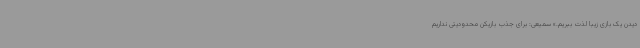
دیدن یک بازی زیبا لذت ببریم.» سمیعی: برای جذب بازیکن محدودیتی نداریم